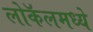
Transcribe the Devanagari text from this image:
लोकॅलमध्ये